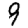
Digit: 9